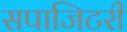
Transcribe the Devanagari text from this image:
सपाजिटरी